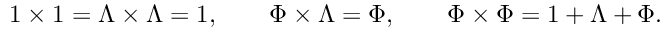
1 \times 1 = \Lambda \times \Lambda = 1 , \quad \quad \Phi \times \Lambda = \Phi , \quad \quad \Phi \times \Phi = 1 + \Lambda + \Phi .